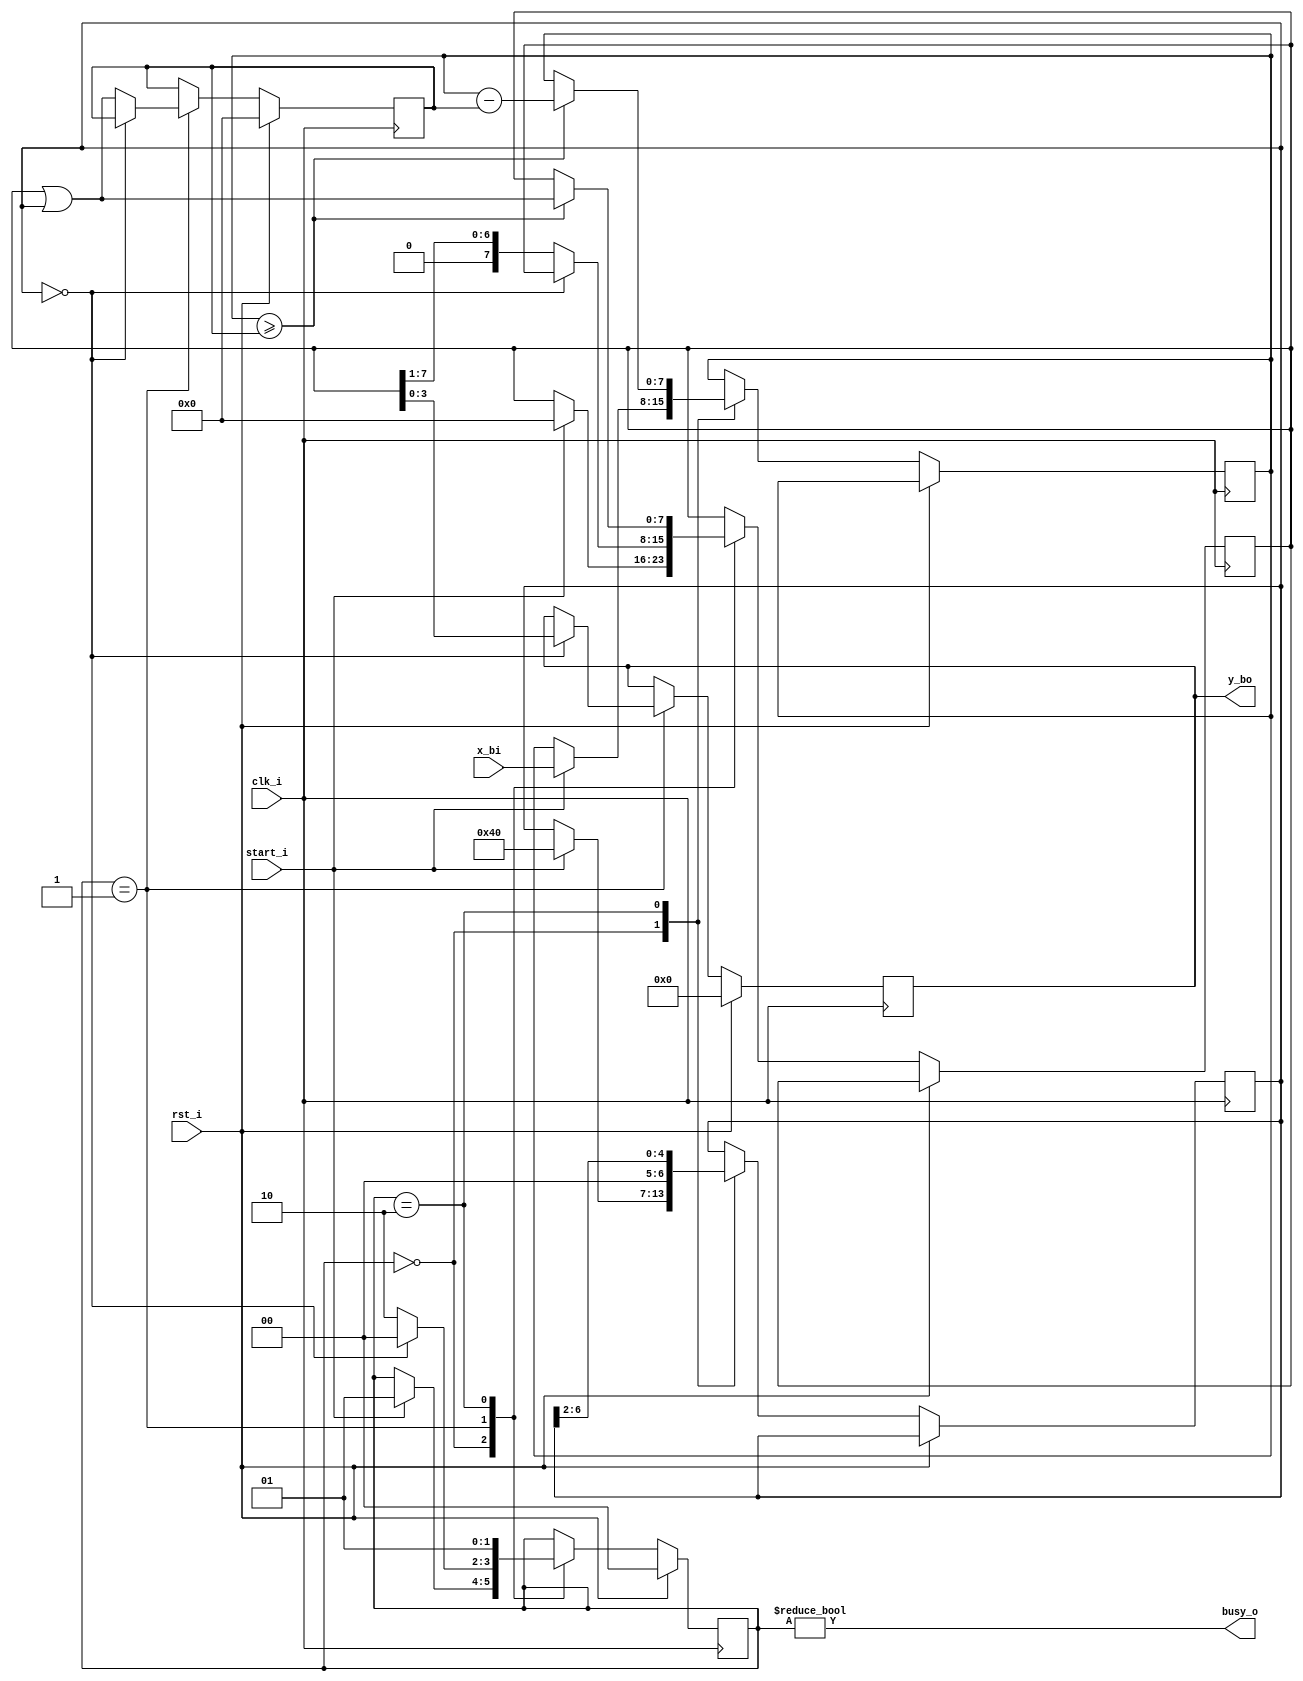
`timescale 1ns / 1ps

module root(
    input clk_i,
    input rst_i,
    input start_i,
    input [7:0] x_bi,
    output reg [3:0] y_bo,
    output busy_o
);
    localparam IDLE = 2'h0;
    localparam FIRST_WORK = 2'h1;
    localparam SECOND_WORK = 2'h2;
    reg [7:0] x;
    reg [7:0] part_result;
    reg [7:0] b;
    reg [6:0] m;
    reg [1:0] state;
    wire end_step; 
    wire x_above_b;
    assign end_step = (m == 0);
    assign x_above_b = (x >= b);
    assign busy_o = (state != IDLE);
    always @(posedge clk_i)
        if (rst_i) begin
            y_bo <= 0;
            b <= 0;
            state <= IDLE;
        end else begin
            case (state)
                IDLE:
                    begin
                        if (start_i) begin
                            state <= FIRST_WORK;
                            part_result <= 0;
                            x <= x_bi;
                            m <= 7'b1000000;
                        end
                    end
                FIRST_WORK:
                    begin
                        if (!end_step) begin
                           b <= part_result | m;
                           part_result <= part_result >> 1;
                           state <= SECOND_WORK; 
                        end else begin
                            y_bo <= part_result[3:0];    
                            state <= IDLE;
                        end     
                    end
                SECOND_WORK:
                    begin
                        if(x_above_b) begin
                            x <= x - b;
                            part_result = part_result | m;
                        end
                        m <= m >> 2;
                        state <= FIRST_WORK;
                    end    
            endcase
        end    
endmodule